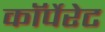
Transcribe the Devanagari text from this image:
काॅर्पेरेट